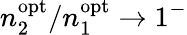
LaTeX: n_{2}^{\mathrm{opt}}/n_{1}^{\mathrm{opt}}\to 1^{-}